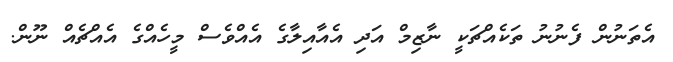
އެތަނުން ފެނުނު ތަކެއްޗަކީ ނާޒިމް އަދި އެއާއިލާގެ އެއްވެސް މީހެއްގެ އެއްޗެއް ނޫން.